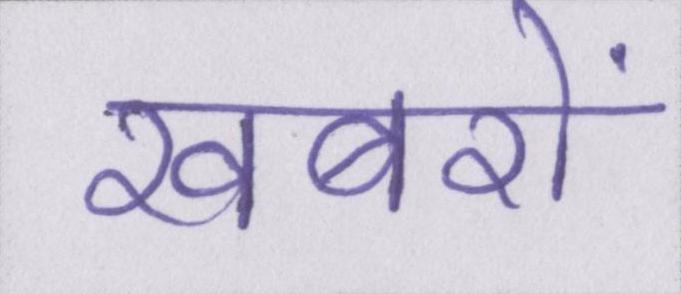
खबरों